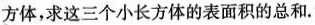
方体，求这三个小长方体的表面积的总和。